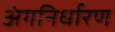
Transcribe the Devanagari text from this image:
अंगनिर्धारण